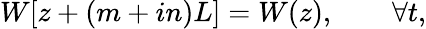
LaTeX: W[z+(m+in)L]=W(z),\qquad\forall t,